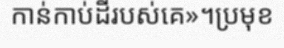
កាន់កាប់ដីរបស់គេ»។ប្រមុខ